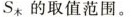
S_{木}的取值范围。